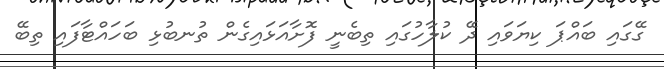
ގޭގައި ބައްޕަ ކިޔަވައި ދޭ ކުލާހުގައި ތިބެނީ ފޮށާއަޅައިގެން ތުނބުޅި ބަހައްޓާފައި ތިބޭ